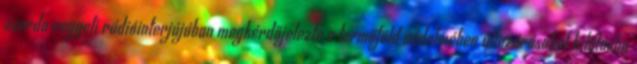
szerda reggeli rádióinterjújában megkérdőjelezte a termőföld védelmében útlezárásokat kilátásba